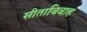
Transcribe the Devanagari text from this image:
सीताविवाह